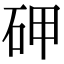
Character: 𥑐